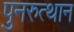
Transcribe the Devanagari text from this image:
पुनरुत्‍थान